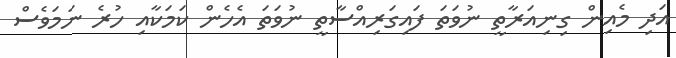
އަދި މެއިން ގިނިއަރާތީ ނުވަތަ ފައިގަރިއްސާތީ ނުވަތަ އެހެން ކަމަކާއި ހުރެ ނަމަވެސް